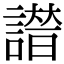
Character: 𧫭